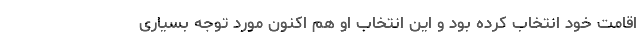
اقامت خود انتخاب کرده بود و این انتخاب او هم اکنون مورد توجه بسیاری